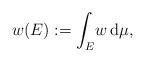
LaTeX: \begin{align*}w(E):=\int_E\!w\,\mathrm{d}\mu,\end{align*}